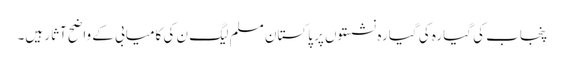
پنجاب کی گیارہ کی گیارہ نشستوں پر پاکستان مسلم لیگ ن کی کامیابی کے واضح آثار ہیں۔